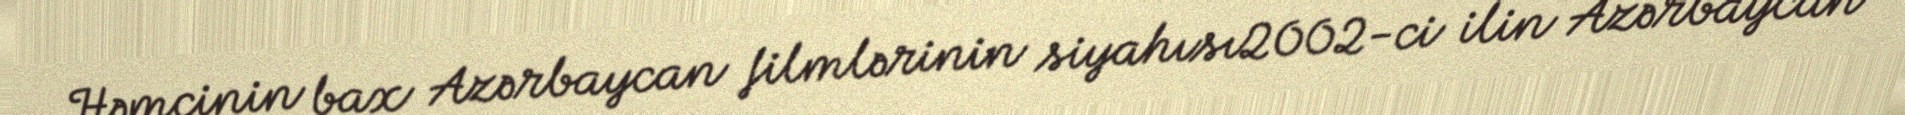
Həmçinin bax Azərbaycan filmlərinin siyahısı2002-ci ilin Azərbaycan